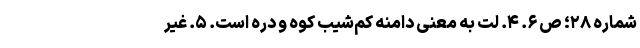
شماره ۲۸؛ ص ۶. ۴. لت به معنی دامنه کم‌شیبِ کوه و دره است. ۵. غیرِ